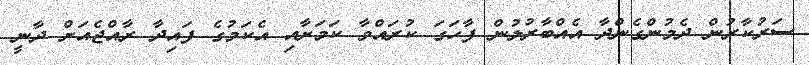
ސަރުކާރުން ދެމުންގެންދާ އެއްބާރުލުން ފާހަގަ ކުރައްވާ ކަމަށާއި އެކަމުގެ ފައިދާ ރާއްޖެއަށް ދާނީ